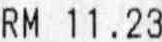
RM 11.23